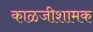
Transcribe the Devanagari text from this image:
काळजीशामक